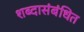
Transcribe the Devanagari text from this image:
शब्दासंबंधित